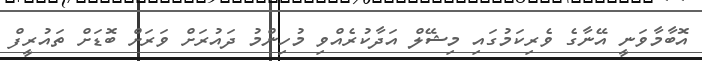
އޮބާމާވަނީ އޭނާގެ ވެރިކަމުގައި މިޝޭލް އަދާކުރެއްވި މުހިންމު ދައުރަށް ވަރަށް ބޮޑަށް ތައުރީފް